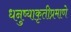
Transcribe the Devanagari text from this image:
धनुष्याकृतीप्रमाणे